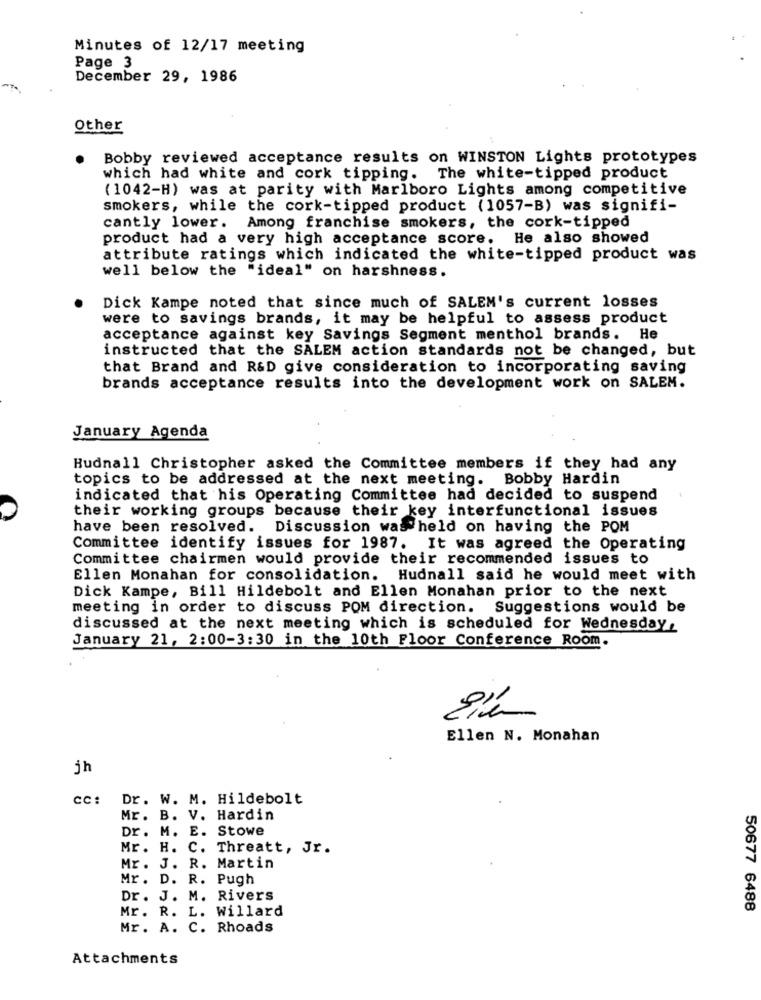
Minutes of 12/17 meeting
Page 3
December 29, 1986
Other
Bobby reviewed acceptance results on WINSTON Lights prototypes
which had white and cork tipping. The white-tipped product
(1042-H) was at parity with Marlboro Lights among competitive
smokers, while the cork-tipped product (1057-B) was signifi-
cantly lower. Among franchise smokers, the cork-tipped
product had a very high acceptance score. He also showed
attribute ratings which indicated the white-tipped product was
well below the "ideal" on harshness.
Dick Kampe noted that since much of SALEM's current losses
were to savings brands, it may be helpful to assess product
acceptance against key Savings Segment menthol brands. He
instructed that the SALEM action standards not be changed, but
that Brand and R&D give consideration to incorporating saving
brands acceptance results into the development work on SALEM.
January Agenda
Budnall Christopher asked the Committee members if they had any
topics to be addressed at the next meeting. Bobby Hardin
indicated that his Operating Committee had decided to suspend
their working groups because their key interfunctional issues
have been resolved. Discussion was held on having the POM
Committee identify issues for 1987. It was agreed the Operating
Committee chairmen would provide their recommended issues to
Ellen Monahan for consolidation. Hudnall said he would meet with
Dick Kampe, Bill Hildebolt and Ellen Monahan prior to the next
meeting in order to discuss POM direction. Suggestions would be
discussed at the next meeting which is scheduled for Wednesday,
January 21, 2:00-3:30 in the 10th Floor Conference Room.
Ellen N. Monahan
jh
cc:
Dr. W. M. Hildebolt
Mr. B. V. Hardin
Dr. M. E. Stowe
Mr. H. C. Threatt, Jr.
Mr. J. R. Martin
Mr. D. R. Pugh
Dr. J. M. Rivers
Mr. R. L. Willard
50677 6488
Mr. A. C. Rhoads
Attachments